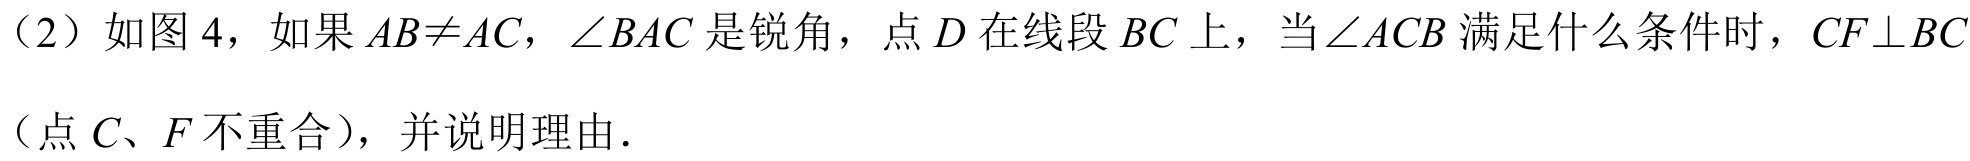
（2）如图4，如果\(AB\neq AC\)，\(\angle BAC\)是锐角，点\(D\)在线段\(BC\)上，当\(\angle ACB\)满足什么条件时，\(CF\perp BC\)（点\(C、F\)不重合），并说明理由.